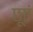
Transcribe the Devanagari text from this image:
छूएं